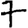
Digit: 7